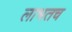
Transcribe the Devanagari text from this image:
लाभतच